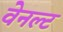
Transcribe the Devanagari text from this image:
वेनल्ट